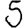
Digit: 5